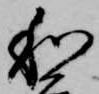
和